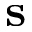
\mathbf { s }